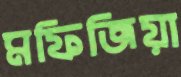
মফিজিয়া